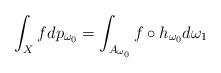
LaTeX: \begin{align*}\int_X fdp_{\omega_0}=\int_{A_{\omega_0}}f\circ h_{\omega_0}d\omega_1\end{align*}